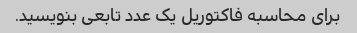
برای محاسبه فاکتوریل یک عدد تابعی بنویسید.